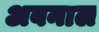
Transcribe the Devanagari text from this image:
अबनाल